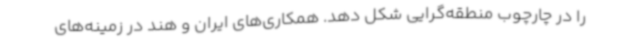
را در چارچوب منطقه‌گرایی شکل دهد. همکاری‌های ایران و هند در زمینه‌های